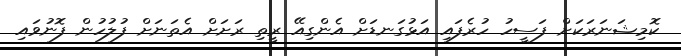
ކޮމިޝަނަރަކަށް ފަސީހު ހުރެފައި އަޅުގަނޑަށް އެންގިއޭ ރީތި ރަށަށް އެތަނަށް ފުލުހުން ފޮނުވައި